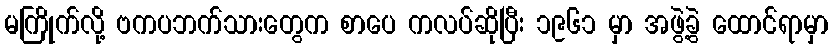
မကြိုက်လို့ ဗကပဘက်သားတွေက စာပေ ကလပ်ဆိုပြီး ၁၉၆၁ မှာ အဖွဲ့ခွဲ ထောင်ရာမှာ